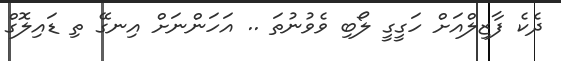
ދެކެ ފާޒިލްއަށް ހަގީގީ ލޯބި ވެވުނުތަ .. އަހަންނަށް އިނގޭ ތި ޑައިލޮގް